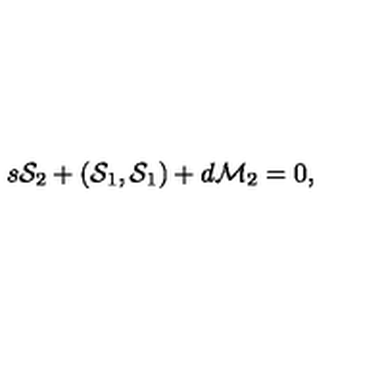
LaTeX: s { \cal S } _ { 2 } + ( { \cal S } _ { 1 } , { \cal S } _ { 1 } ) + d { \cal M } _ { 2 } = 0 ,